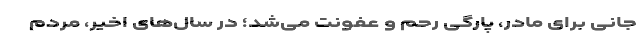
جانی برای مادر، پارگی رحم و عفونت می‌‌شد؛ در سال‌‌های اخیر، مردم